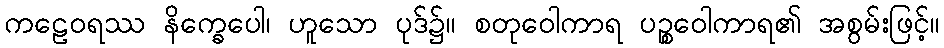
ကဠေဝရဿ နိက္ခေပေါ၊ ဟူသော ပုဒ်၌။ စတုဝေါကာရ ပဉ္စဝေါကာရ၏ အစွမ်းဖြင့်။